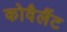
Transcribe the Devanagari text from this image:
कोवैलैंट